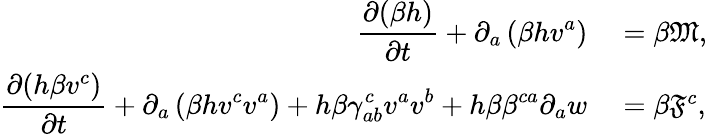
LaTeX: \begin{array}{rl}{\displaystyle\frac{\partial(\beta h)}{\partial t}+\partial_{a}\left(\beta hv^{a}\right)}&{{}=\beta\mathfrak{M},}\\ {\displaystyle\frac{\partial(h\beta v^{c})}{\partial t}+\partial_{a}\left(\beta hv^{c}v^{a}\right)+h\beta\gamma_{ab}^{c}v^{a}v^{b}+h\beta\beta^{ca}\partial_{a}{w}}&{{}=\beta\mathfrak{F}^{c},}\end{array}